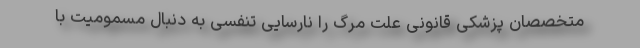
متخصصان پزشکی قانونی علت مرگ را نارسایی تنفسی به دنبال مسمومیت با